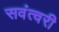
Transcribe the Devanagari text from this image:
सवंत्वरी